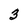
Character: 3